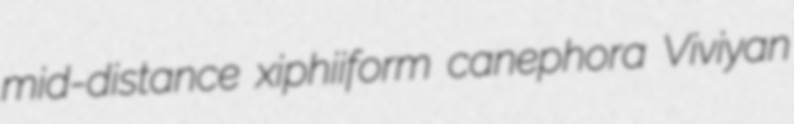
mid-distance xiphiiform canephora Viviyan